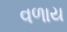
વળાય